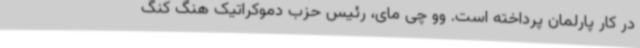
در کار پارلمان پرداخته است. وو چی مای، رئیس حزب دموکراتیک هنگ کنگ